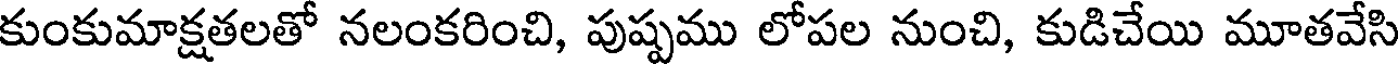
కుంకుమాక్షతలతో నలంకరించి, పుష్పము లోపల నుంచి, కుడిచేయి మూతవేసి